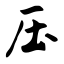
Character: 压